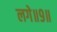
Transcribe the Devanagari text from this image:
लगे॥९॥